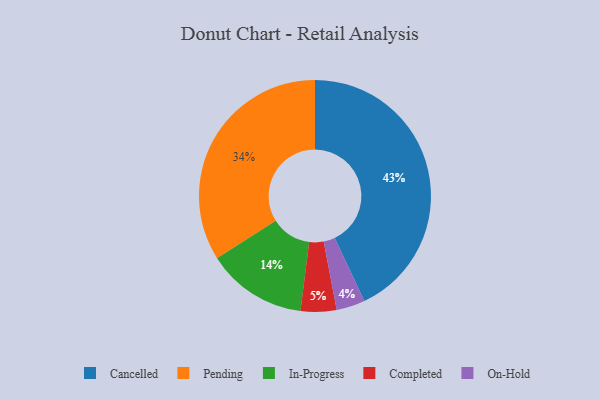
{"axis": {"x": "Category", "y": "Percentage"}, "legend": ["Cancelled", "Completed", "In-Progress", "On-Hold", "Pending"], "data": [{"x": "Pending", "y": 34, "type": "Pending"}, {"x": "In-Progress", "y": 14, "type": "In-Progress"}, {"x": "Cancelled", "y": 43, "type": "Cancelled"}, {"x": "On-Hold", "y": 4, "type": "On-Hold"}, {"x": "Completed", "y": 5, "type": "Completed"}]}